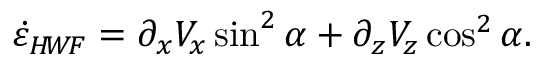
\dot { \varepsilon } _ { H \! W \! F } = \partial _ { x } V _ { x } \sin ^ { 2 } \alpha + \partial _ { z } V _ { z } \cos ^ { 2 } \alpha .